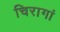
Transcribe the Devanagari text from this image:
चिरागां